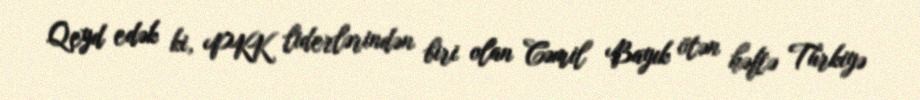
Qeyd edək ki, PKK liderlərindən biri olan Cəmil Bayık ötən həftə Türkiyə